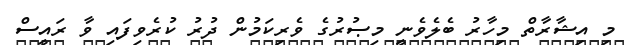
މި އިޝާރާތް މިހާރު ބެލެވެނީ މިޞުރުގެ ވެރިކަމުން ދުރު ކުރެވިފައި ވާ ރައީސް